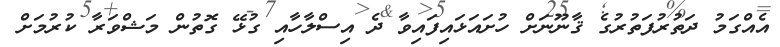
އެއްގަމު ދަތުރުފަތުރުގެ ޤާނޫނަށް ހުށައަޅައިފައިވާ ދެ އިސްލާހާއި ގުޅޭ ގޮތުން މަޝްވަރާ ކުރުމަށް